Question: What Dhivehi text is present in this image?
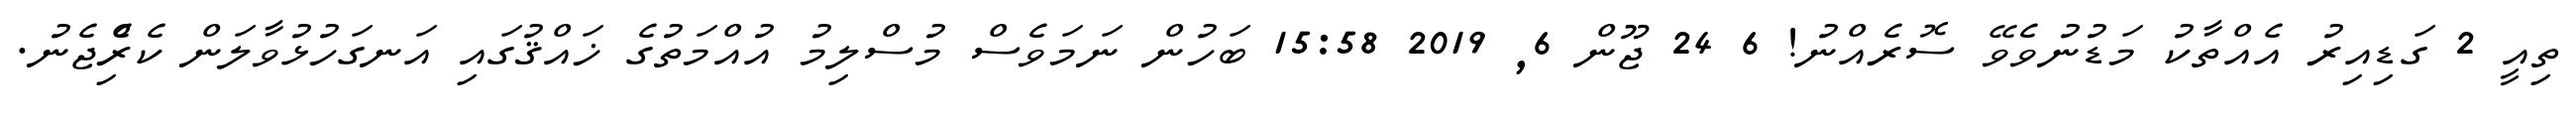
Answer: ތިއީ 2 ގަޑިއިރު އެއްތާކު މަޑުނުވެވޭ ސޮރެއްނު! 6 24 ޖޫން 6, 2019 15:58 ބަހުން ނަމަވެސް މުސްލިމު އުއްމަތުގެ ޚައްޤުގައި އަނގަހުޅުވާލަން ކެރިެްޖެނު.